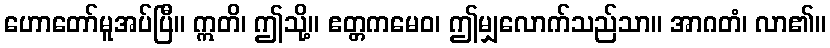
ဟောတော်မူအပ်ပြီ။ ဣတိ၊ ဤသို့။ ဧတ္တကမေဝ၊ ဤမျှလောက်သည်သာ။ အာဂတံ၊ လာ၏။